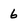
Character: 6